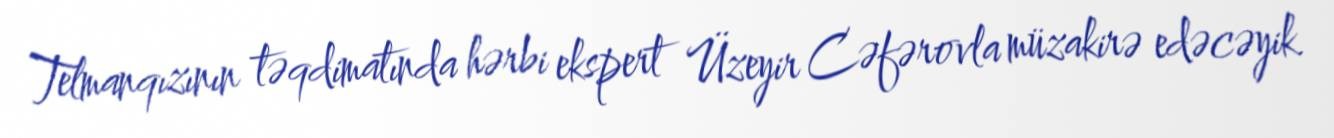
Telmanqızının təqdimatında hərbi ekspert Üzeyir Cəfərovla müzakirə edəcəyik.